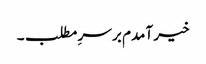
خیر آمدم بر سرِ مطلب۔